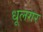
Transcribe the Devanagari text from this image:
धूलगर